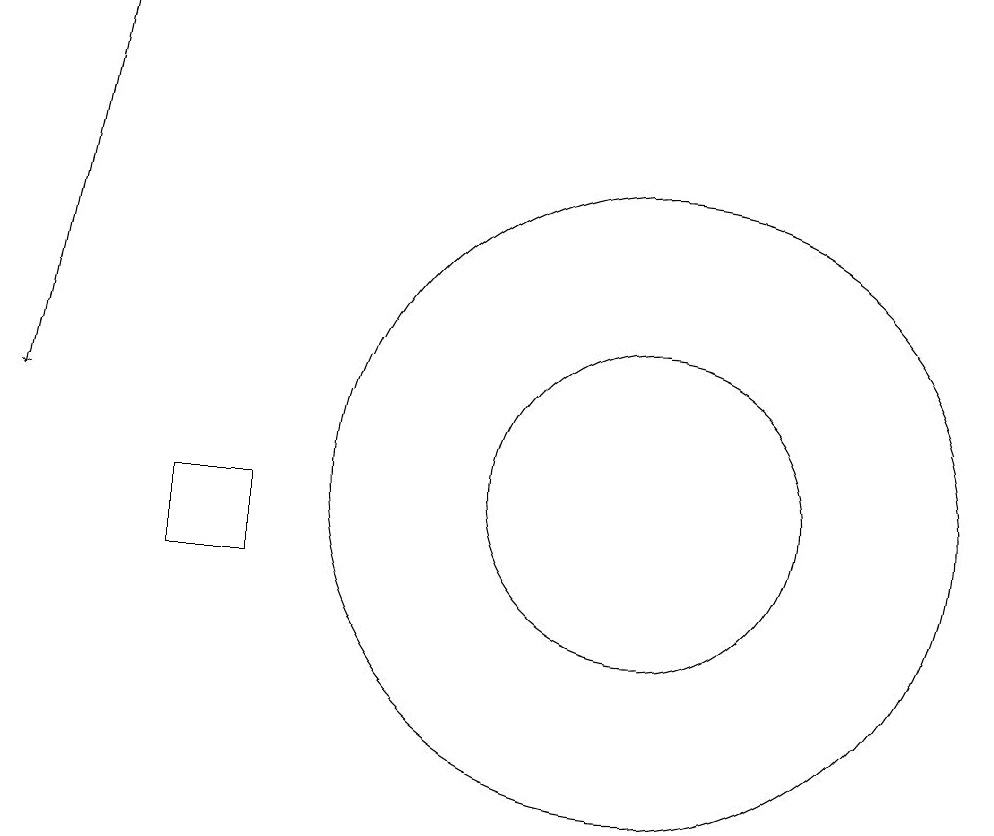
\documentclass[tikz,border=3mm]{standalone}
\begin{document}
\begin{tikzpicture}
\draw (11,11) circle (2);
\draw (11,11) circle (4);
\draw (12,11) circle (0);
\draw (5,10) rectangle (6,11);
\draw[->] (4,17) -- (3,12);
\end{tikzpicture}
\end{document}